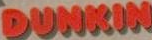
DUNKIN